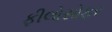
ફીલોસોફર